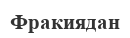
Фракиядан